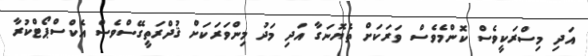
އަދި މިސްރަކީވެސް ކޮންމެވެސް ވަރަކަށް ތެޔޮނަގާ އަދި މަދު މިންވަރަކަށް ޤުދްރަތީގޭސްވެސް އެކްސްޕޯޓްކުރާ